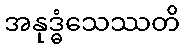
အနုဒ္ဓံသေဿတိ